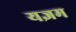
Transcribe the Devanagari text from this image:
यज्ञम